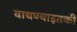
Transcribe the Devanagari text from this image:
वाचण्याइतकी